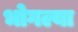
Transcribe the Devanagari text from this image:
भोगल्या